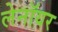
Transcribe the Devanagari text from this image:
लेनॉयर